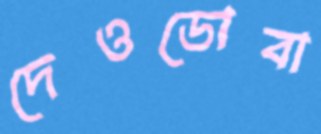
দেওডোবা